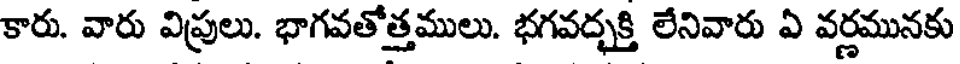
కారు. వారు విప్రులు. భాగవతోత్తములు. భగవద్భక్తి లేనివారు ఏ వర్ణమునకు